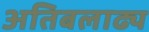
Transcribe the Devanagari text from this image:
अतिबलाढ्य